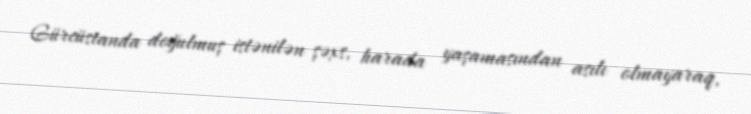
Gürcüstanda doğulmuş istənilən şəxs, harada yaşamasından asılı olmayaraq,